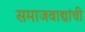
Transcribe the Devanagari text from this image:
समाजवाद्यांची